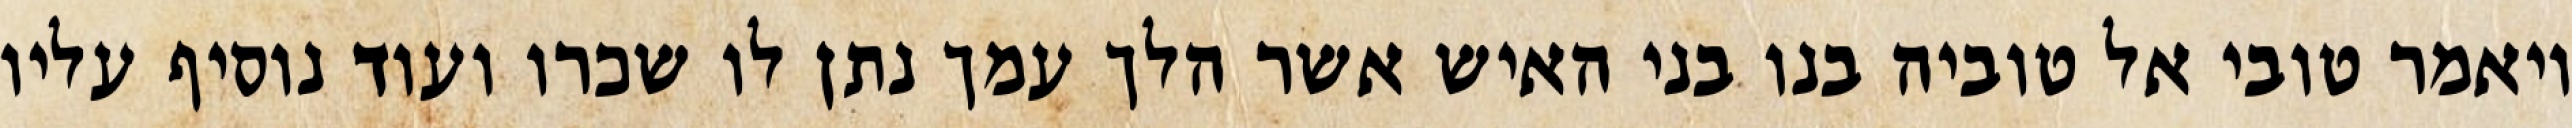
ויאמר טובי אל טוביה בנו בני האיש אשר הלך עמך נתן לו שכרו ועוד נוסיף עליו